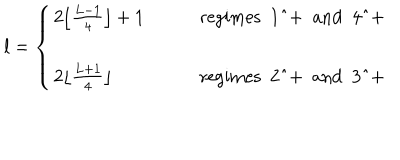
LaTeX: l = \left\{ \begin{array} { l l } { { 2 \lfloor \frac { L - 1 } { 4 } \rfloor + 1 } } & { { \qquad \mathrm { r e g i m e s ~ 1 ^ { + } ~ a n d ~ 4 ^ { + } ~ } } } \\ { { } } & { { } } \\ { { 2 \lfloor \frac { L + 1 } { 4 } \rfloor } } & { { \qquad \mathrm { r e g i m e s ~ 2 ^ { + } ~ a n d ~ 3 ^ { + } ~ } } } \\ \end{array} \right.